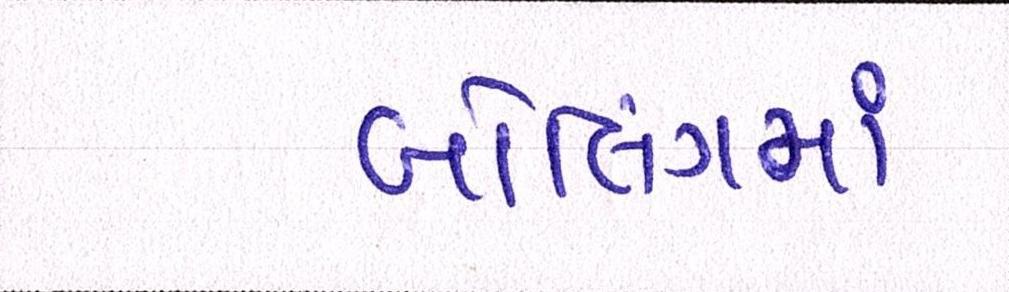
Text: બોલિંગમાં